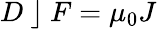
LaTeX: D~\rfloor~F=\mu_{0}J